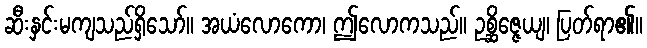
ဆီးနှင်းမကျသည်ရှိသော်။ အယံလောကော၊ ဤလောကသည်။ ဥစ္ဆိဇ္ဇေယျ၊ ပြတ်ရာ၏။